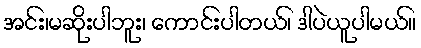
အင်း၊မဆိုးပါဘူး၊ ကောင်းပါတယ်၊ ဒါပဲယူပါမယ်။